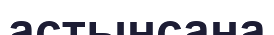
астынсана